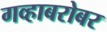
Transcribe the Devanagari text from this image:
गव्हाबरोबर